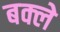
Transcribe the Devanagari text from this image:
बक्ले